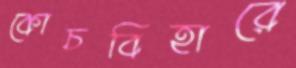
কোচবিহারে